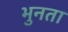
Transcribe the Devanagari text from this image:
भुनता